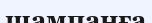
шампанға